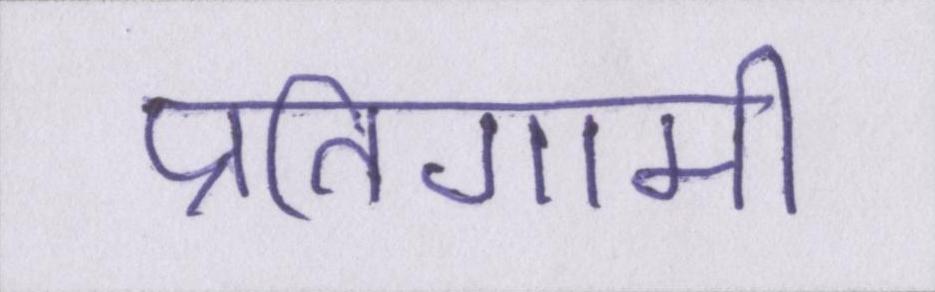
प्रतिगामी